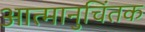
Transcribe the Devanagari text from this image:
आत्मानुचिंतक